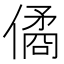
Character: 僪